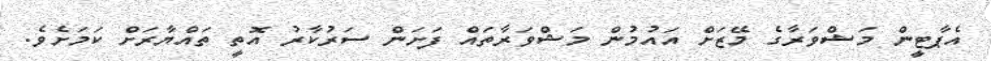
އެޕާޓީން މަޝްވަރާގެ މޭޒަށް އައުމުން މަޝްވަރާތައް ފަށަން ސަރުކާރު އޮތީ ތައްޔާރަށް ކަމަށެވެ.